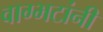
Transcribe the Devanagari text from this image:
वाग्भटांनी